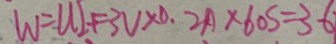
W = u I t = 3 V \times 0 . 2 A \times 6 0 s = 3 6